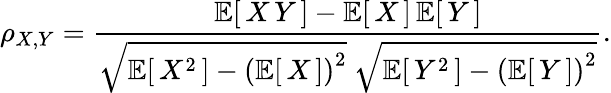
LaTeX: \rho_{X,Y}={\frac{\operatorname{\mathbb{E}}[\, X\, Y\, ]-\operatorname{\mathbb{E}}[\, X\, ]\operatorname{\mathbb{E}}[\, Y\, ]}{{\sqrt{\operatorname{\mathbb{E}}[\, X^{2}\, ]-\left(\operatorname{\mathbb{E}}[\, X\, ]\right)^{2}}}~{\sqrt{\operatorname{\mathbb{E}}[\, Y^{2}\, ]-\left(\operatorname{\mathbb{E}}[\, Y\, ]\right)^{2}}}}}.